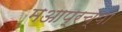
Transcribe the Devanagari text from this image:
मआप्रच्या